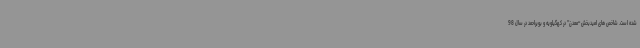
شده است. شاخص های امیدبخش “معدن” در کهگیلویه و بویراحمد در سال 98